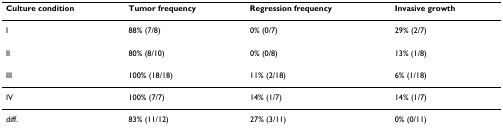
<table><thead><tr><td><b>Culture condition</b></td><td><b>Tumor frequency</b></td><td><b>Regression frequency</b></td><td><b>Invasive growth</b></td></tr></thead><tbody><tr><td>I</td><td>88% (7/8)</td><td>0% (0/7)</td><td>29% (2/7)</td></tr><tr><td>II</td><td>80% (8/10)</td><td>0% (0/8)</td><td>13% (1/8)</td></tr><tr><td>III</td><td>100% (18/18)</td><td>11% (2/18)</td><td>6% (1/18)</td></tr><tr><td>IV</td><td>100% (7/7)</td><td>14% (1/7)</td><td>14% (1/7)</td></tr><tr><td>diff.</td><td>83% (11/12)</td><td>27% (3/11)</td><td>0% (0/11)</td></tr></tbody></table>